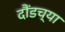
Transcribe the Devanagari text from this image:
दौंडच्या